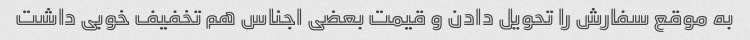
به موقع سفارش را تحویل دادن و قیمت بعضی اجناس هم تخفیف خوبی داشت